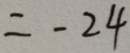
= - 2 4